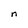
Character: n